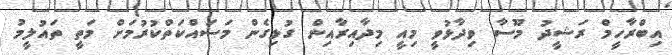
އިބްރާހީމް ރަޝީދު މޫސާ ވިދާޅުވީ މިއީ މިދާއިރާއިން ގުޅިގެން މަސައްކަތްކުރުމަށް މަތީ ތައުލީމު